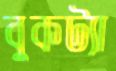
বুকট্যা